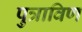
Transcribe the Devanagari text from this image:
पुत्राविण